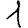
Digit: 1